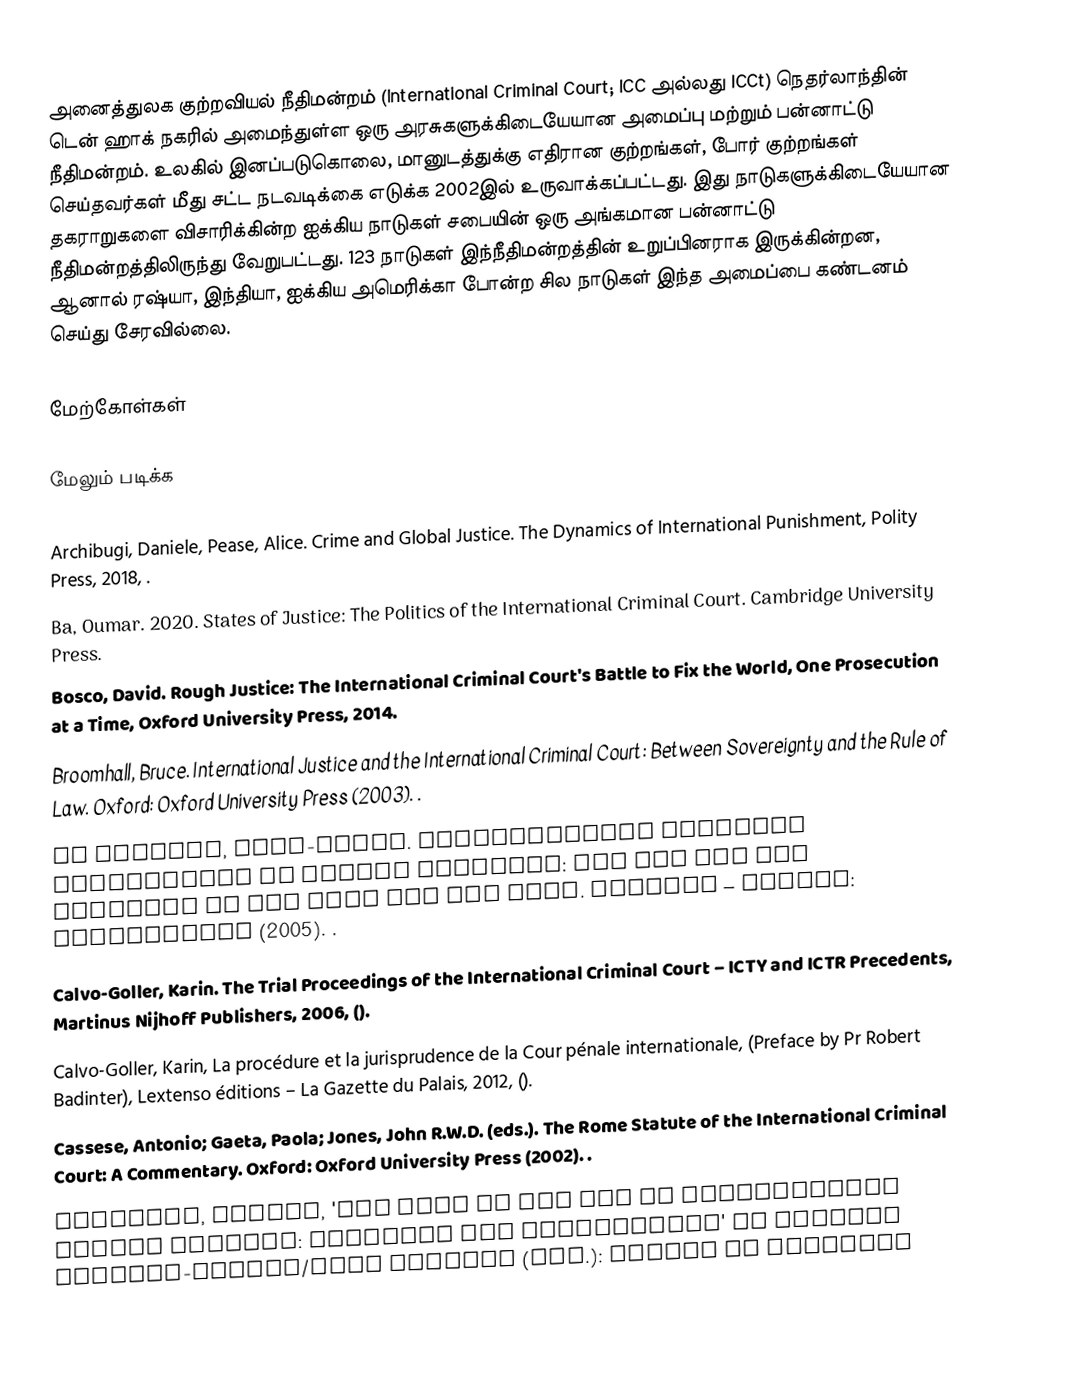
அனைத்துலக குற்றவியல் நீதிமன்றம் (International Criminal Court; ICC அல்லது ICCt) நெதர்லாந்தின் டென் ஹாக் நகரில் அமைந்துள்ள ஒரு அரசுகளுக்கிடையேயான அமைப்பு மற்றும் பன்னாட்டு நீதிமன்றம். உலகில் இனப்படுகொலை, மானுடத்துக்கு எதிரான குற்றங்கள், போர் குற்றங்கள் செய்தவர்கள் மீது சட்ட நடவடிக்கை எடுக்க 2002இல் உருவாக்கப்பட்டது.  இது நாடுகளுக்கிடையேயான தகராறுகளை விசாரிக்கின்ற ஐக்கிய நாடுகள் சபையின் ஒரு அங்கமான பன்னாட்டு நீதிமன்றத்திலிருந்து வேறுபட்டது. 123 நாடுகள் இந்நீதிமன்றத்தின் உறுப்பினராக இருக்கின்றன, ஆனால் ரஷ்யா, இந்தியா, ஐக்கிய அமெரிக்கா போன்ற சில நாடுகள் இந்த அமைப்பை கண்டனம் செய்து சேரவில்லை.

மேற்கோள்கள்

மேலும் படிக்க

 Archibugi, Daniele, Pease, Alice. Crime and Global Justice. The Dynamics of International Punishment, Polity Press, 2018, .
 Ba, Oumar. 2020. States of Justice: The Politics of the International Criminal Court. Cambridge University Press.
 Bosco, David. Rough Justice: The International Criminal Court's Battle to Fix the World, One Prosecution at a Time, Oxford University Press,  2014.
 Broomhall, Bruce. International Justice and the International Criminal Court: Between Sovereignty and the Rule of Law. Oxford: Oxford University Press (2003). .
 de Brouwer, Anne-Marie. Supranational Criminal Prosecution of Sexual Violence: The ICC and the Practice of the ICTY and the ICTR. Antwerp – Oxford: Intersentia (2005). .
 Calvo-Goller, Karin. The Trial Proceedings of the International Criminal Court – ICTY and ICTR Precedents, Martinus Nijhoff Publishers, 2006, ().
 Calvo-Goller, Karin, La procédure et la jurisprudence de la Cour pénale internationale, (Preface by Pr Robert Badinter), Lextenso éditions – La Gazette du Palais, 2012, ().
 Cassese, Antonio; Gaeta, Paola; Jones, John R.W.D. (eds.). The Rome Statute of the International Criminal Court: A Commentary. Oxford: Oxford University Press (2002). .
 Chappell, Louise, 'The Role of the ICC in Transitional Gender Justice: Capacity and Limitations' in Susanne Buckley-Zistel/Ruth Stanley (eds.): Gender in Transiti